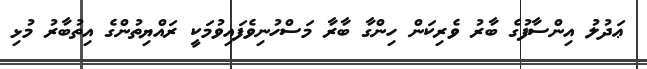
ޢަދުލު އިންސާފުގެ ބާރު ވެރިކަން ހިންގާ ބާރާ މަސްހުނިވެފައިވުމަކީ ރައްޔިތުންގެ އިތުބާރު މުޅި